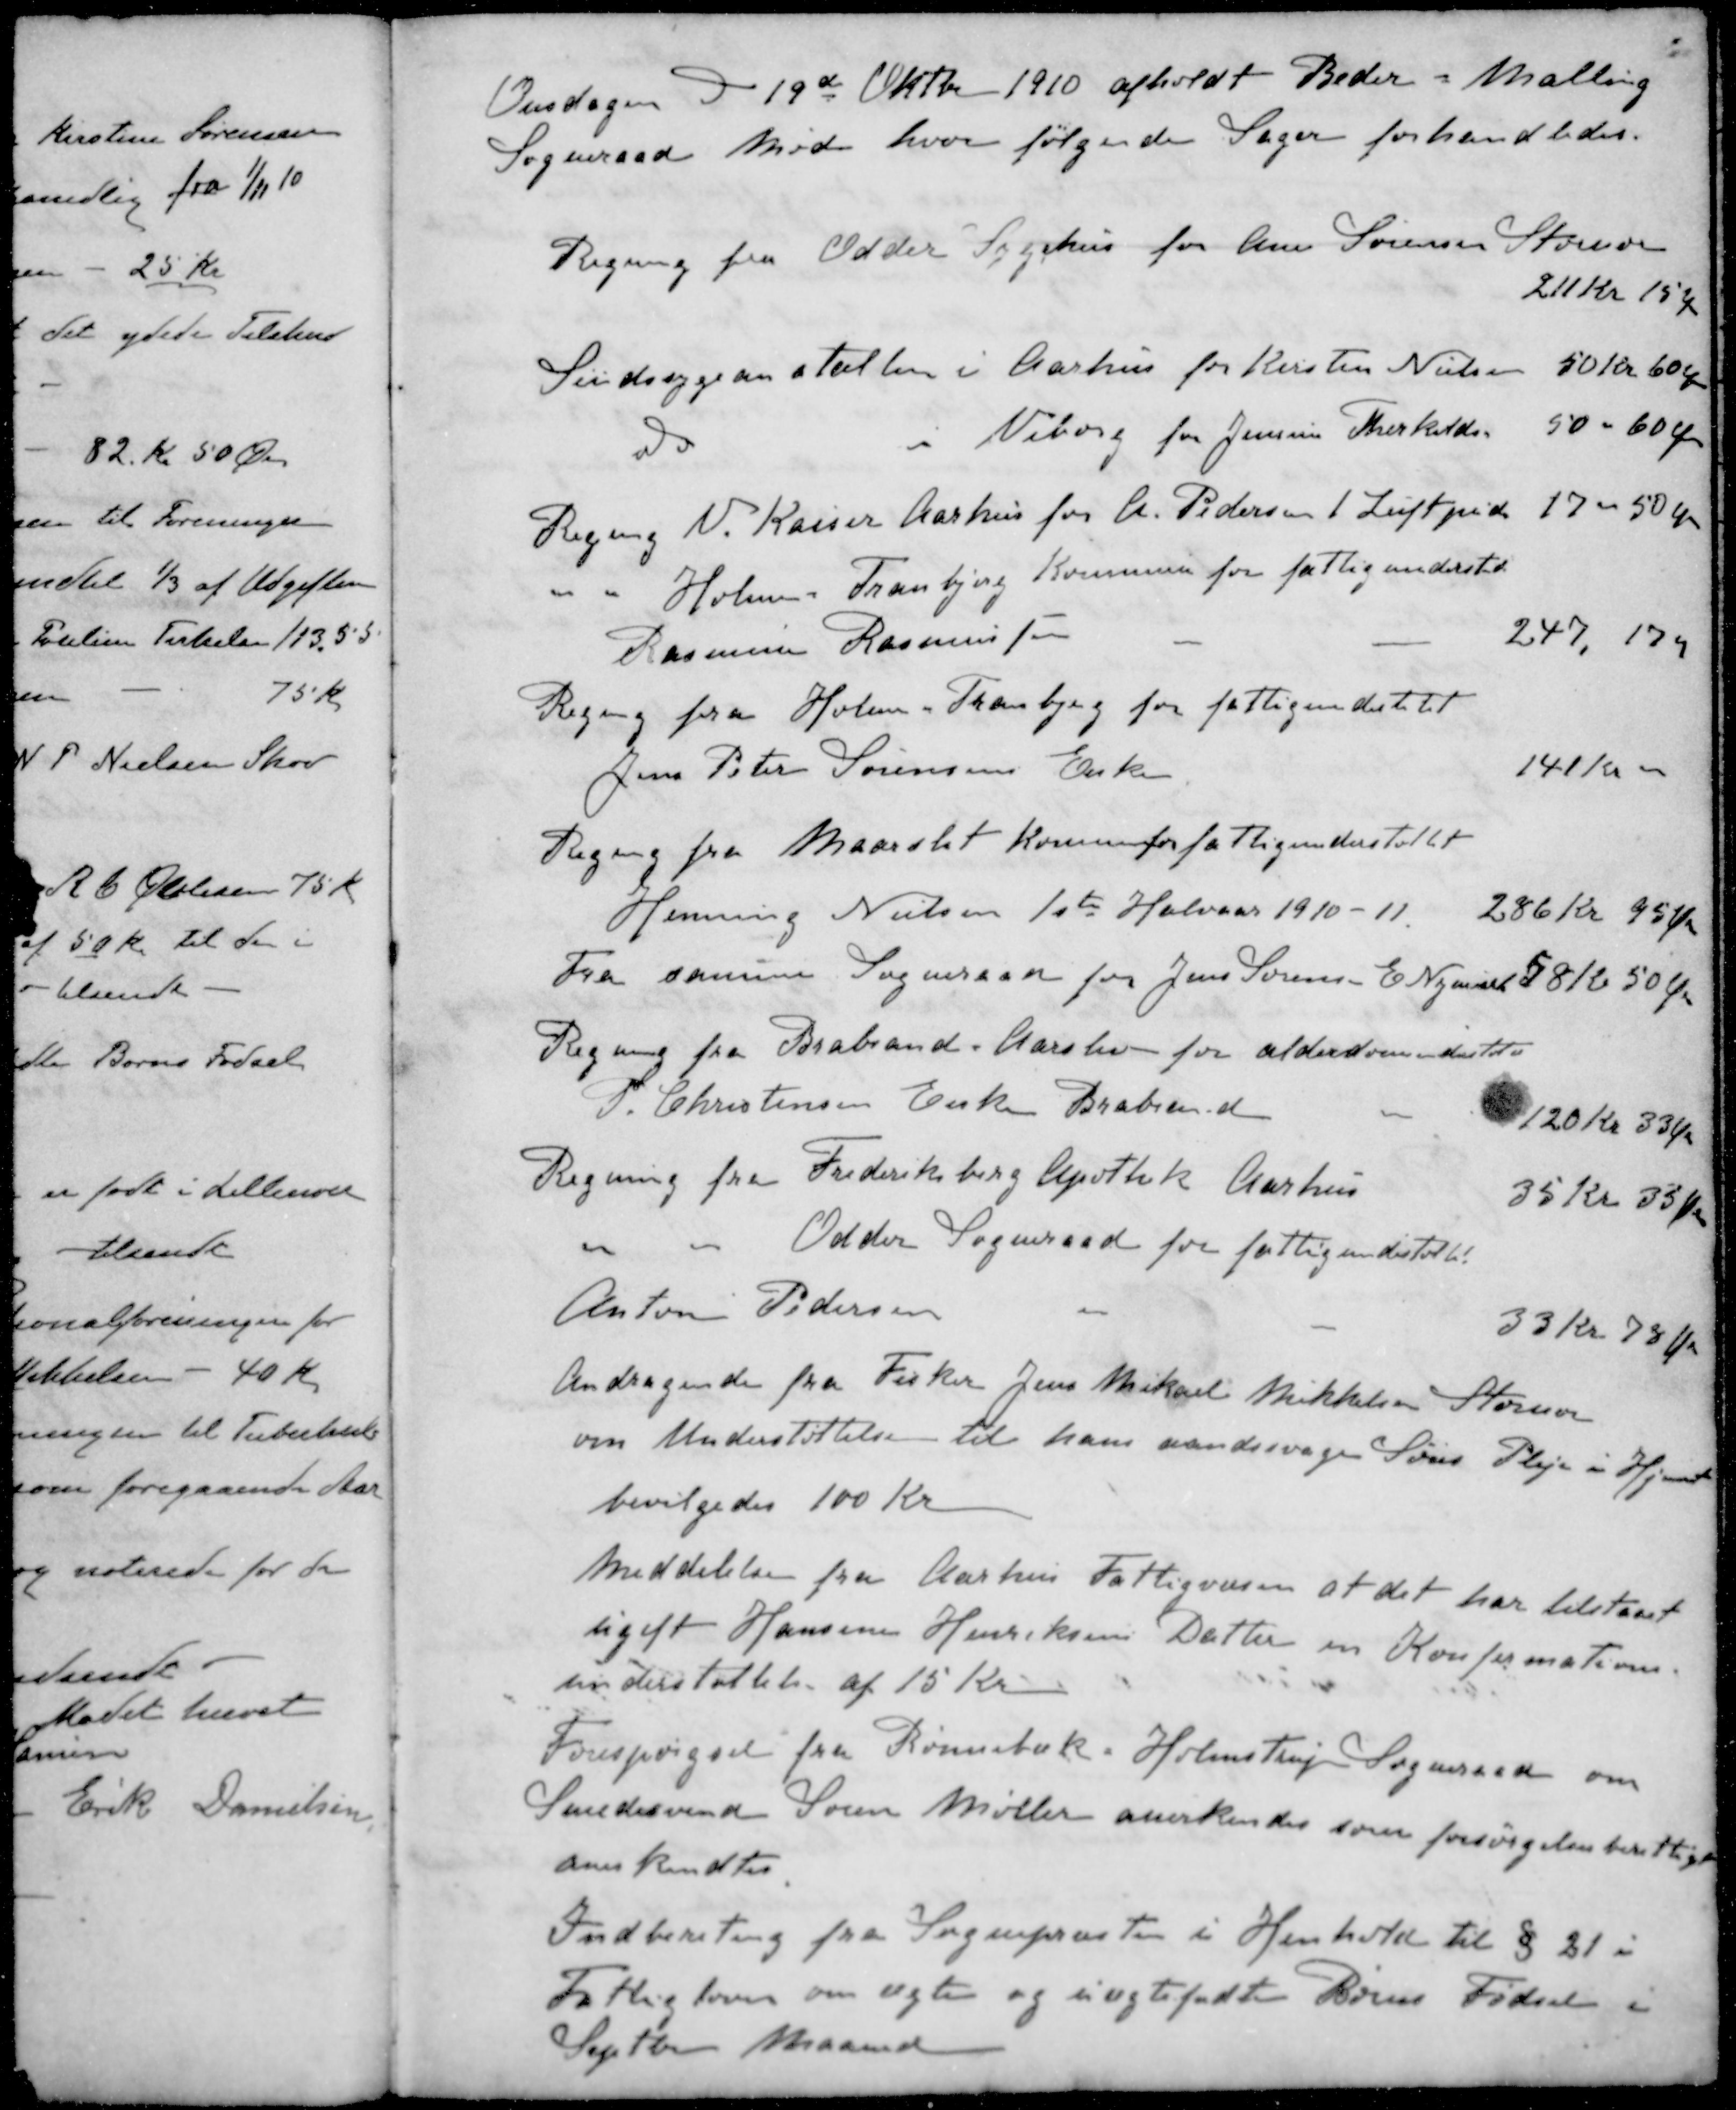
Transskription:
Onsdagen d 19de Oktbr 1910 afholdt Beder - Malling
Sogneraad Møde hvor følgende Sager forhandledes.
Regning fra Odder Sygehus for Ane Sørensen Storenor
211 Kr 15 Øre
Sindssygeanstalten i Aarhus for Kirsten Nielsen 50 Kr 60 Øre
do i Viborg for Jensine Therkildsen 50 - 60 Øre
Regning V. Kaiser Aarhus for A. Pedersen 1 Luftpude 17 - 50 Øre
" Holme Tranbjerg Kommune for fattigunderstd
Rasmussen Rasmussen
247, 17
Regning fra Holme-Tranbjerg for fattigunderstøtet
Jens Peter Sørensens Enke
141 Kr 00
Regning fra Maarslet kommu for fattigunderstøttet
Henning Nielsen 1ste Halvaar 1910-11.
286 kr 95 Øre
Fra samme Sogneraad for Jens Sørensen E Nymark 58 Kr 50 Øre
Regning fra Brabrand - Aarslev for alderdomunderstøtte
P. Christensen Enke Brabrand
120 Kr 33 Øre
Regning fra Frederiksberg Apothek Aarhus
35 kr 33 Øre
" " Odder Sogneraad for fattigunderstøtte.
Anton Pedersen
33 kr 78 Øre
Andragende fra Fisker Jens Mikael Mikkelsen Storenor
om Understøttelsen til hans aandssvages Søns Pleje i Hjemmet
bevilgedes 100 Kr
Meddelelse fra Aarhus Fattigvæsen at det har tilstaaet
ugift Hansine Henriksens Datter en Konfirmations-
understøttelse af 15 Kr.
Forespørgsel fra Rønnebæk, Holmstrup Sogneraad om
Smedesvend Søren Møller anerkendes som forsørgelsesberettiget
anerkendtes
Indberetning fra Sognepræsten i Henhold til § 21 i
Fattigloven om ægte og uægtefødte Børns Fødsel i
Septbr Maaned